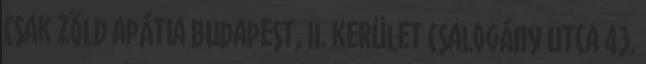
csak zöld apátia Budapest, II. kerület Csalogány utca 43.